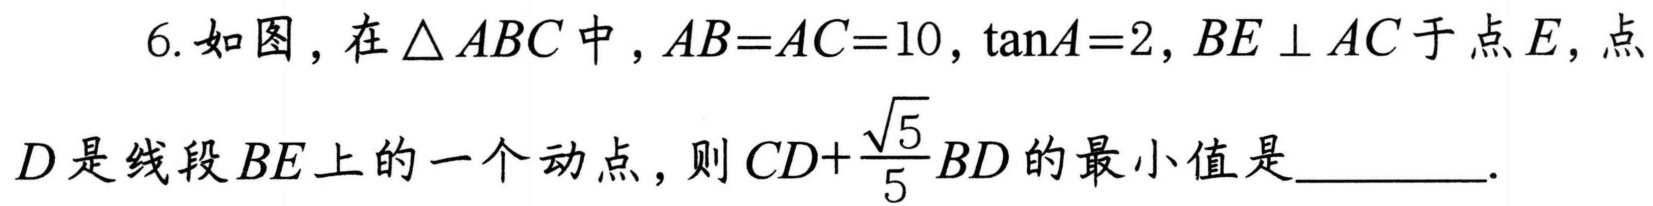
6. 如图，在\(\triangle ABC\)中，\(AB = AC = 10\)，\(\tan A = 2\)，\(BE\perp AC\)于点\(E\)，点\(D\)是线段\(BE\)上的一个动点，则\(CD+\frac{\sqrt{5}}{5}BD\)的最小值是  ．